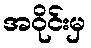
အဝိုင်းမှ